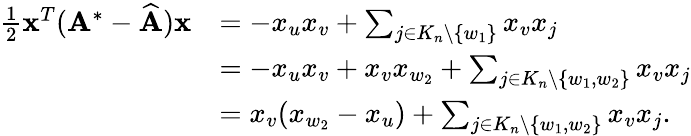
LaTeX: \begin{array}{rl}{\frac{1}{2}\mathbf{x}^{T}(\mathbf{A}^{*}-\widehat{\mathbf{A}})\mathbf{x}}&{=-x_{u}x_{v}+\sum_{j\in K_{n}\setminus\{ w_{1}\} }x_{v}x_{j}}\\ &{=-x_{u}x_{v}+x_{v}x_{w_{2}}+\sum_{j\in K_{n}\setminus\{ w_{1},w_{2}\} }x_{v}x_{j}}\\ &{=x_{v}(x_{w_{2}}-x_{u})+\sum_{j\in K_{n}\setminus\{ w_{1},w_{2}\} }x_{v}x_{j}.}\end{array}